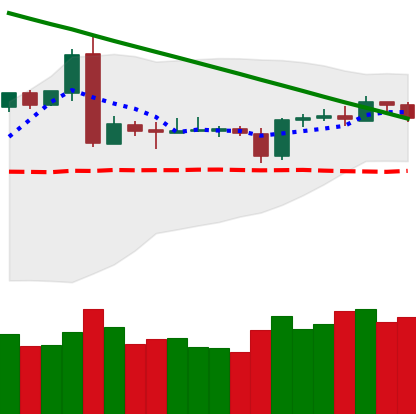
Ticker: BTC-USD
Chart end date: 2019-03-11
Forward return: 3.674%
Label: up_3_5